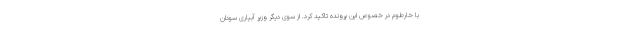
با خارطوم در خصوص این پرونده تاکید کرد. از سوی دیگر وزیر آبیاری سودان